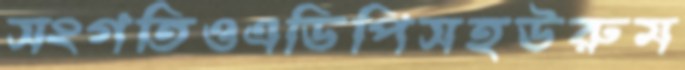
সংগতিওএডিপিসহউরুম